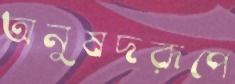
অনুষদরূপে